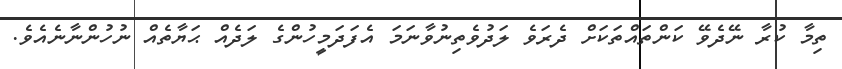
ތިމާ ކުރާ ނޭދެވޭ ކަންތައްތަކަށް ދެރަވެ ލަދުވެތިނުވާނަމަ އެފަދަމީހުންގެ ލަދެއް ޙަޔާތެއް ނުހުންނާނެއެވެ.